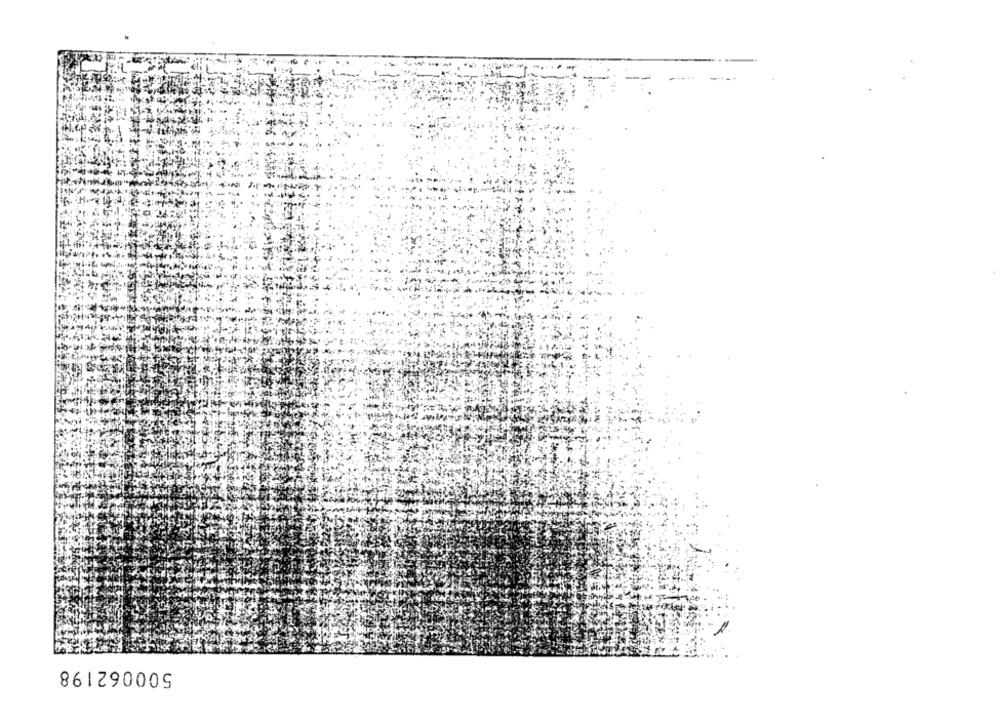
500062198